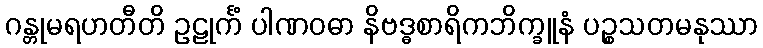
ဂန္တုမရဟတီတိ ဥဠုင်္ကံ ပါဏဝဓာ နိဗဒ္ဓစာရိကဘိက္ခူနံ ပဉ္စသတမနုဿာ